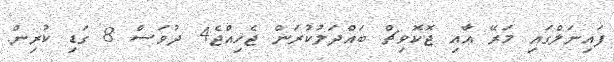
ފައިނަލްގައި މަރޭ އާއި ޖޮކޮވިޗް ބައްދަލުކުރަން ޖެހިއްޖެ4 ދުވަސް 8 ގަޑި ކުރިން.